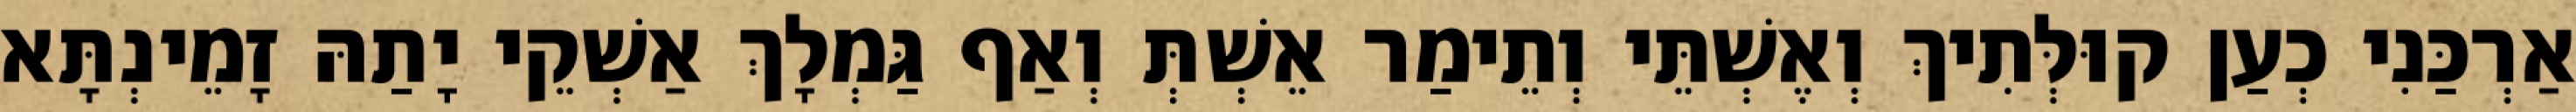
אַרְכַּנִי כְעַן קוּלְּתִיךְ וְאֶשְׁתֵּי וְתֵימַר אֵשְׁתְּ וְאַף גַּמְלָךְ אַשְׁקֵי יָתַהּ זָמֵינְתָּא